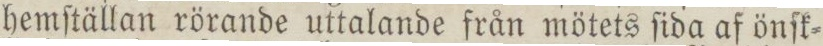
hemſtällan rörande uttalande från mötets ſida af önſk=